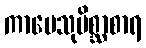
ကာမေသုမိစ္ဆာစာရ